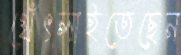
থেঁৎলাইতেছেন